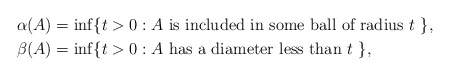
\begin{align*}\alpha(A) &= \inf \{ t > 0 : A \mbox{ is included in some ball of radius $t$ } \}, \\\beta(A) &= \inf \{ t > 0 : A \mbox{ has a diameter less than $t$ } \},\end{align*}